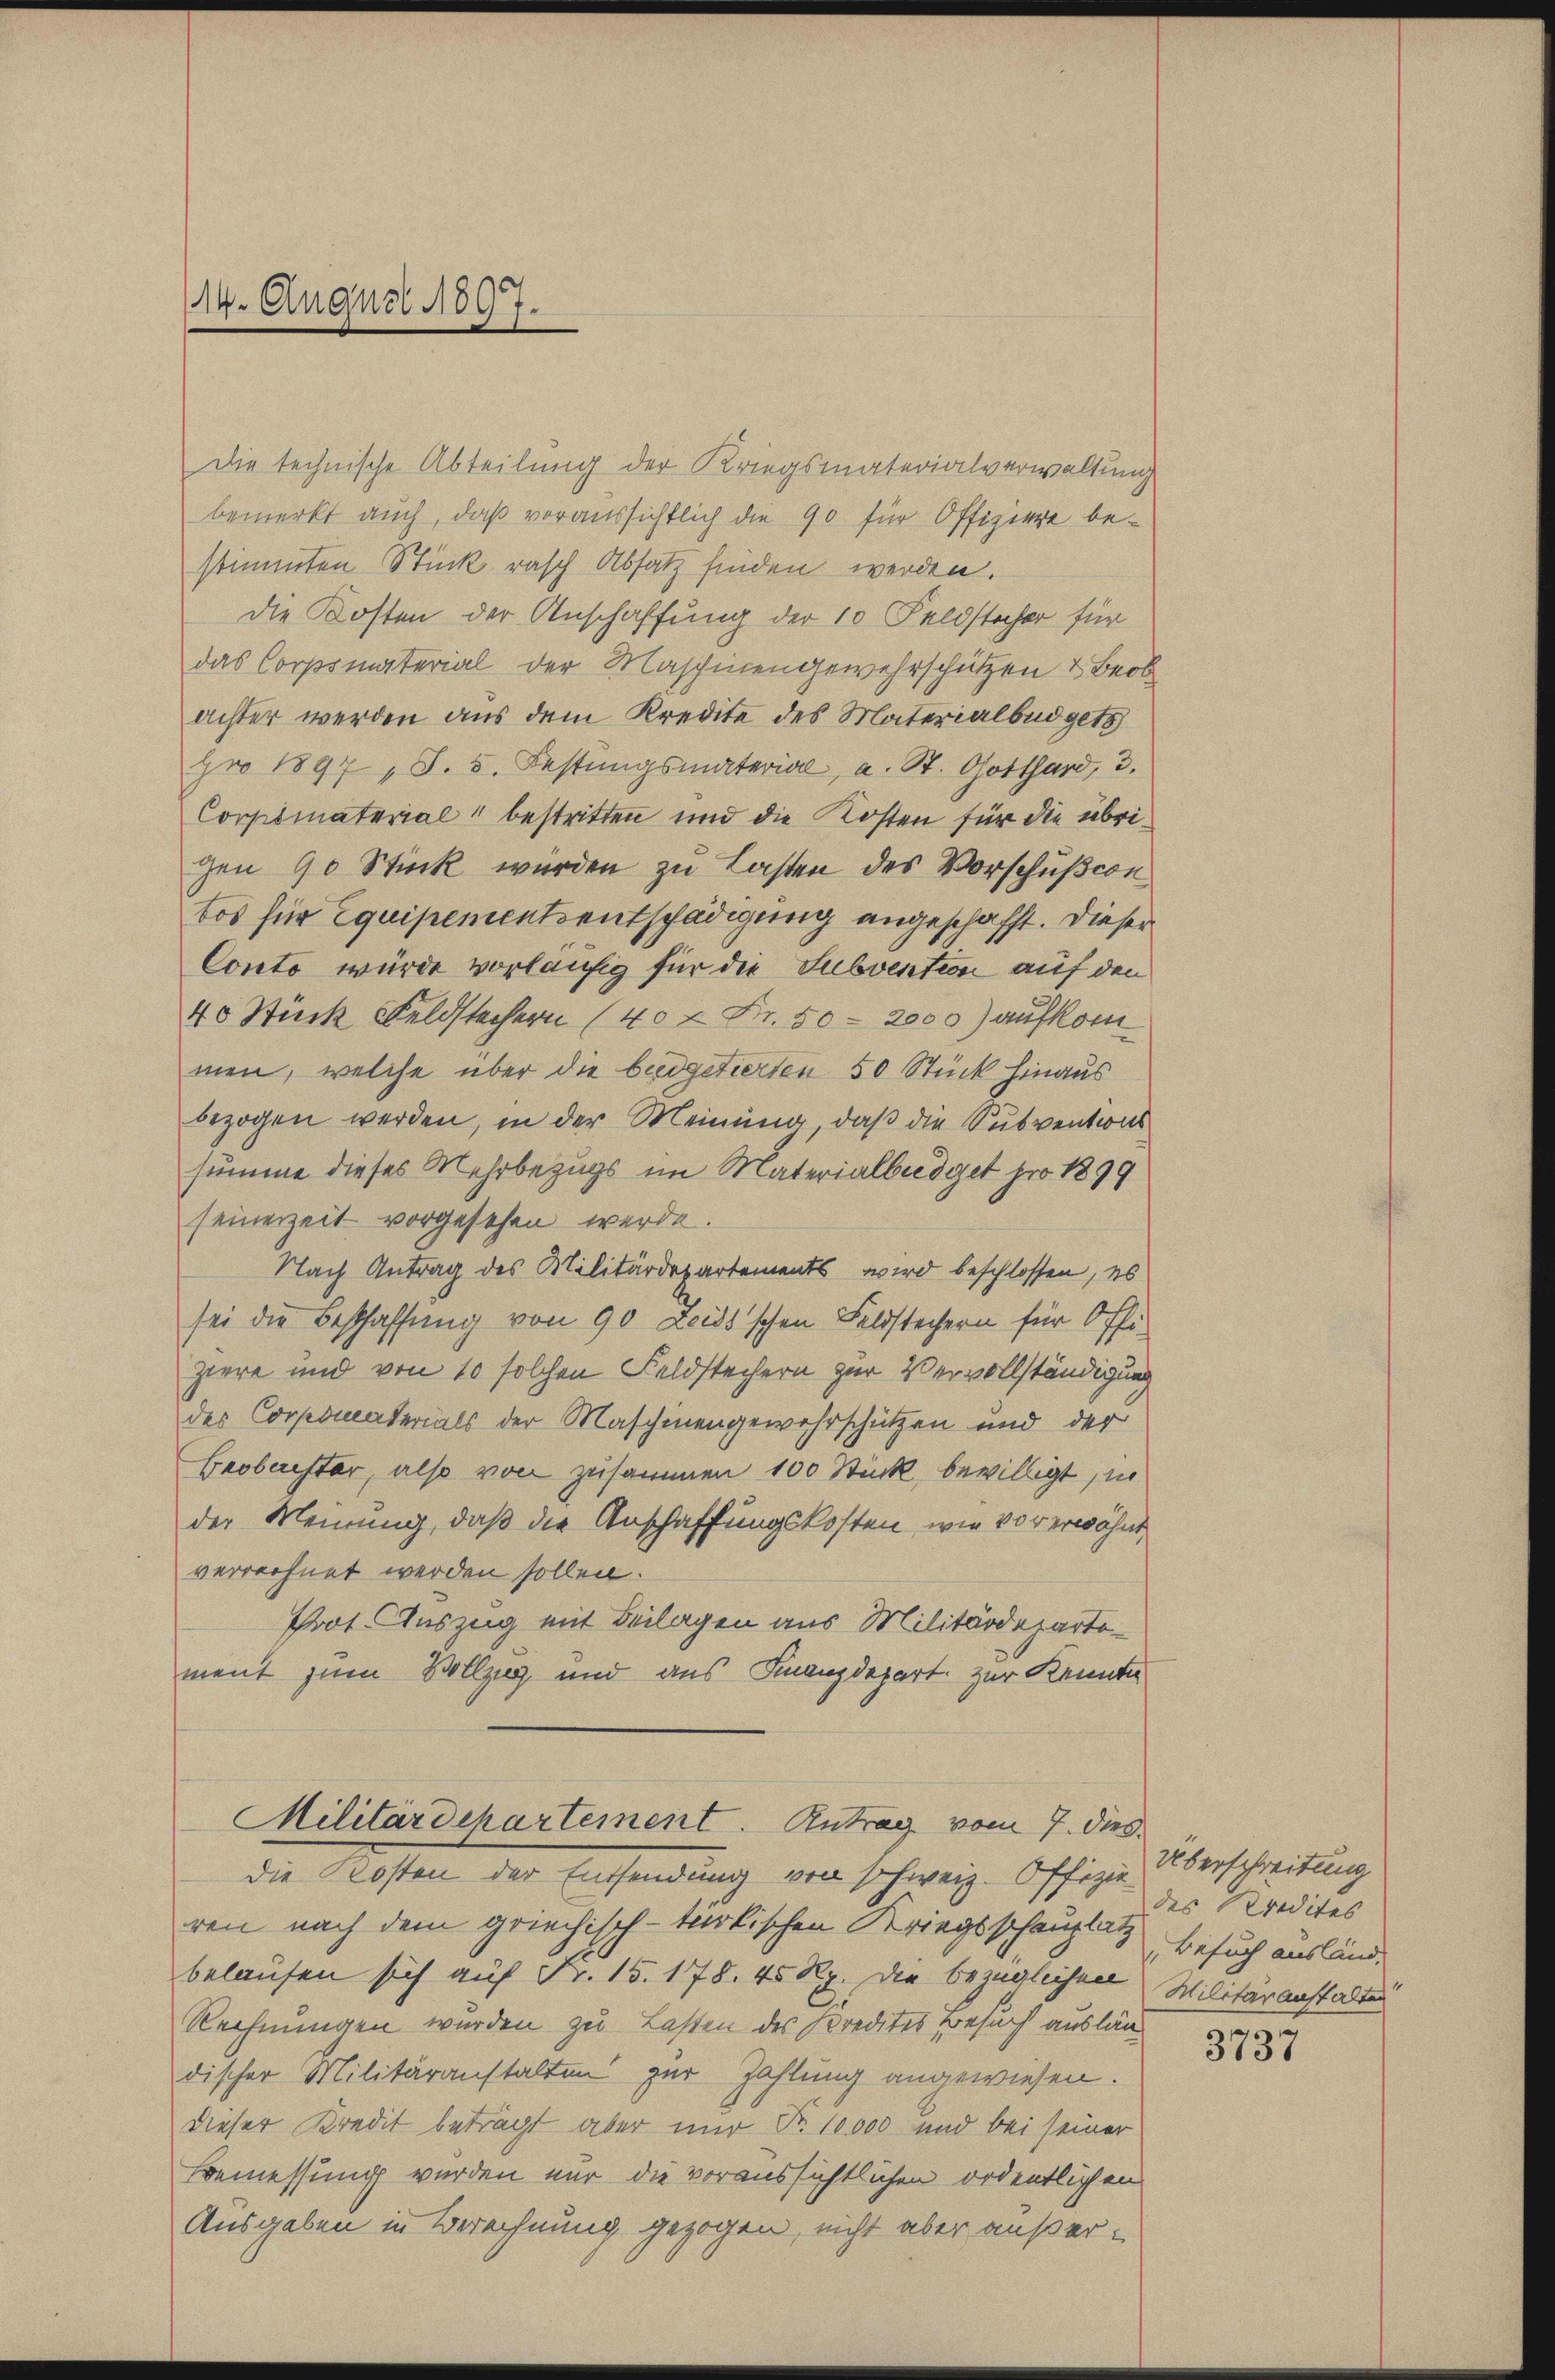
14. August 1897.

Die technische Abteilung der Kriegsmaterialverwaltung
bemerkt auch, daß voraussichtlich die 90 für Offiziere bestimmten Stück rasch Absatz finden werden.
die Kosten der Anschaffung der 10 Feldstocher für
das Corpsmaterial der Maschinengewahrschützen & Beob
achter werden aus dem Kredite des Materialbüdgets
pro 1897 S. 5. Festungsmaterial, a. St. Gotthard, 3.
Corpsmaterial bestritten und die Kosten für die übrigen 90 Stück wurden zu Lasten des Vorschußion
tos für Equipementsentschädigung angeschafft. Dieser
Conto würde vorläufig für die Subvention auf den
40 Stück Feldstechern (40 x Fr. 50 - 2000) aufkom
men, welche über die büdgetierten 50 Stück hinaus
bezogen werden, in der Meinung, daß die Subventions
summe dieses Mehrbezugs im Materialbüdget pro 1899
seinerzeit vorgesehen werde.
Nach Antrag des Militärdepartements wird beschlossen, es
sei die Beschaffung von 90 Leids'schen Feldstechern für Offi-
ziere und von 10 solchen Feldstechern zur Vervollständigung
des Corpomaterials der Maschinengewahrschützen und der
Beobachter, also von zusammen 100 Stück, bewilligt in
der Meinung, daß die Anschaffungskosten, wie vor erwähnt
verrechnet werden sollen.
Prot. Auszug mit Beilagen aus Militärdepartement zum Vollzug und aus Finanzdepart zur Kenntn

Militärdehartement. Antrag vom 7. dies
die Kosten der Entsendung von schweiz. Offizie Überschreitung

ren nach dem griechisch-türkischen Kriegsschauptete Besuch ausländ
belaufen sich auf Fr. 15. 178. 45 Rp. die bezüglichen Militäranstalten
Rechnungen wurden zu Lasten des Kredites Besuch ausländischer Militäranstalten zur Zahlung angewiesen.
dieser Kredit betragt aber mir Fr. 10000 und bei seiner
Bemessung wurden nur die voraussichtlichen ordentlichen
Ausgaben in Berechnung gezogen, nicht aber außer¬

des Kredites |

3737